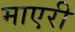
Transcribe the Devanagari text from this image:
माएरी